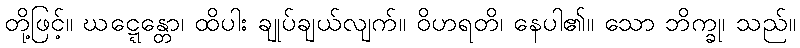
တို့ဖြင့်။ ဃဋ္ဋေန္တော၊ ထိပါး ချုပ်ချယ်လျက်။ ဝိဟရတိ၊ နေပါ၏။ သော ဘိက္ခု၊ သည်။